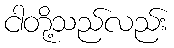
ငါတို့သည်လည်း